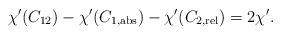
LaTeX: \begin{align*}\chi'(C_{12}) - \chi'(C_{1,\mathrm{abs}}) - \chi'(C_{2,\mathrm{rel}}) = 2\chi'.\end{align*}